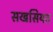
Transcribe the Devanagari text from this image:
सखसियत